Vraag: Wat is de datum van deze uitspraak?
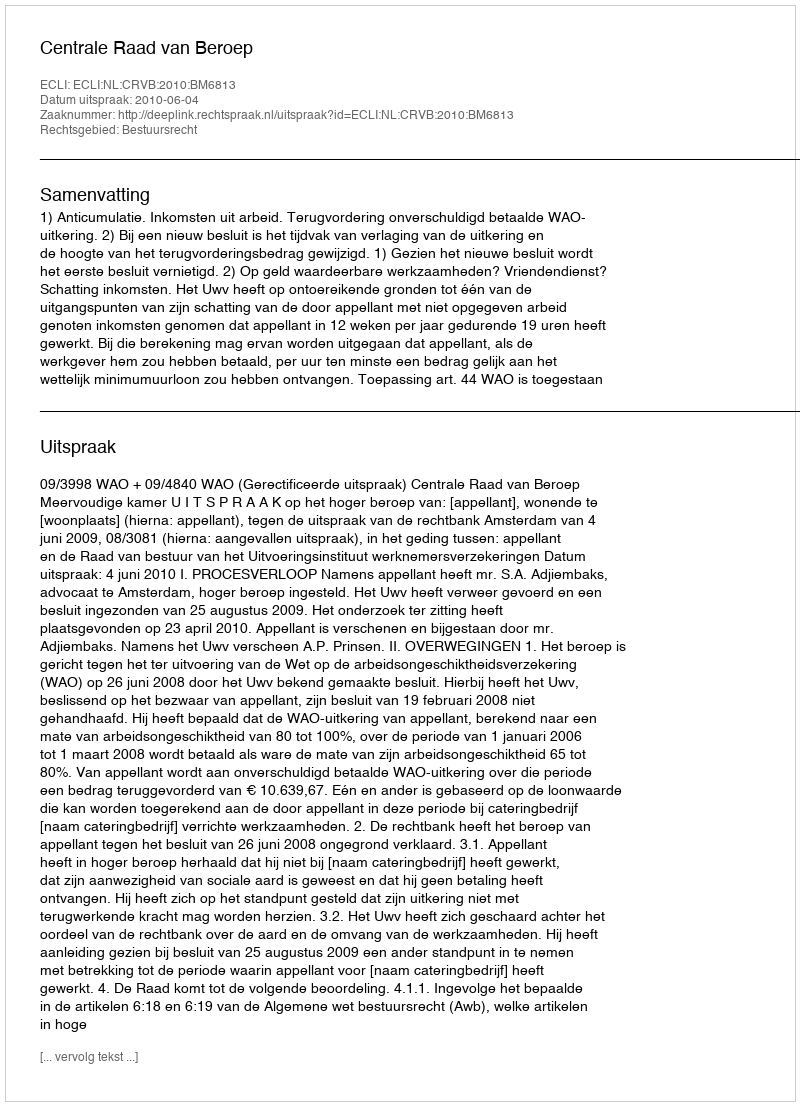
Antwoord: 2010-06-04